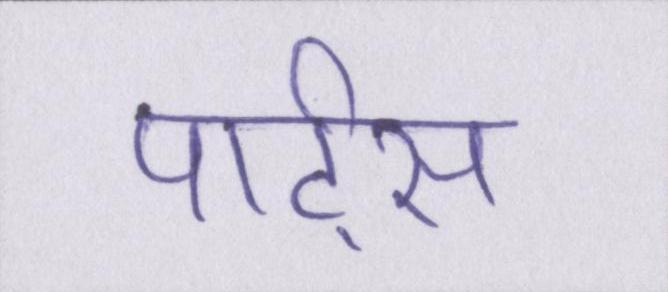
पार्ट्स